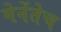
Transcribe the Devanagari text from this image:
गेनेंतेच